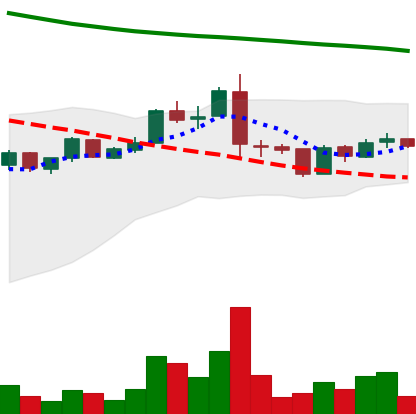
Ticker: ADA-USD
Chart end date: 2019-01-18
Forward return: -3.195%
Label: down_3_5